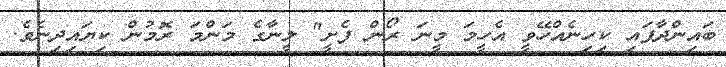
ބައިންދާފައި ކިހިނެއްހޭވީ އެހީމަ މީނަ ރޯން ފެށީ" ލީނާގެ މަންމަ ރޮމުން ކިޔައިދިނެވެ.